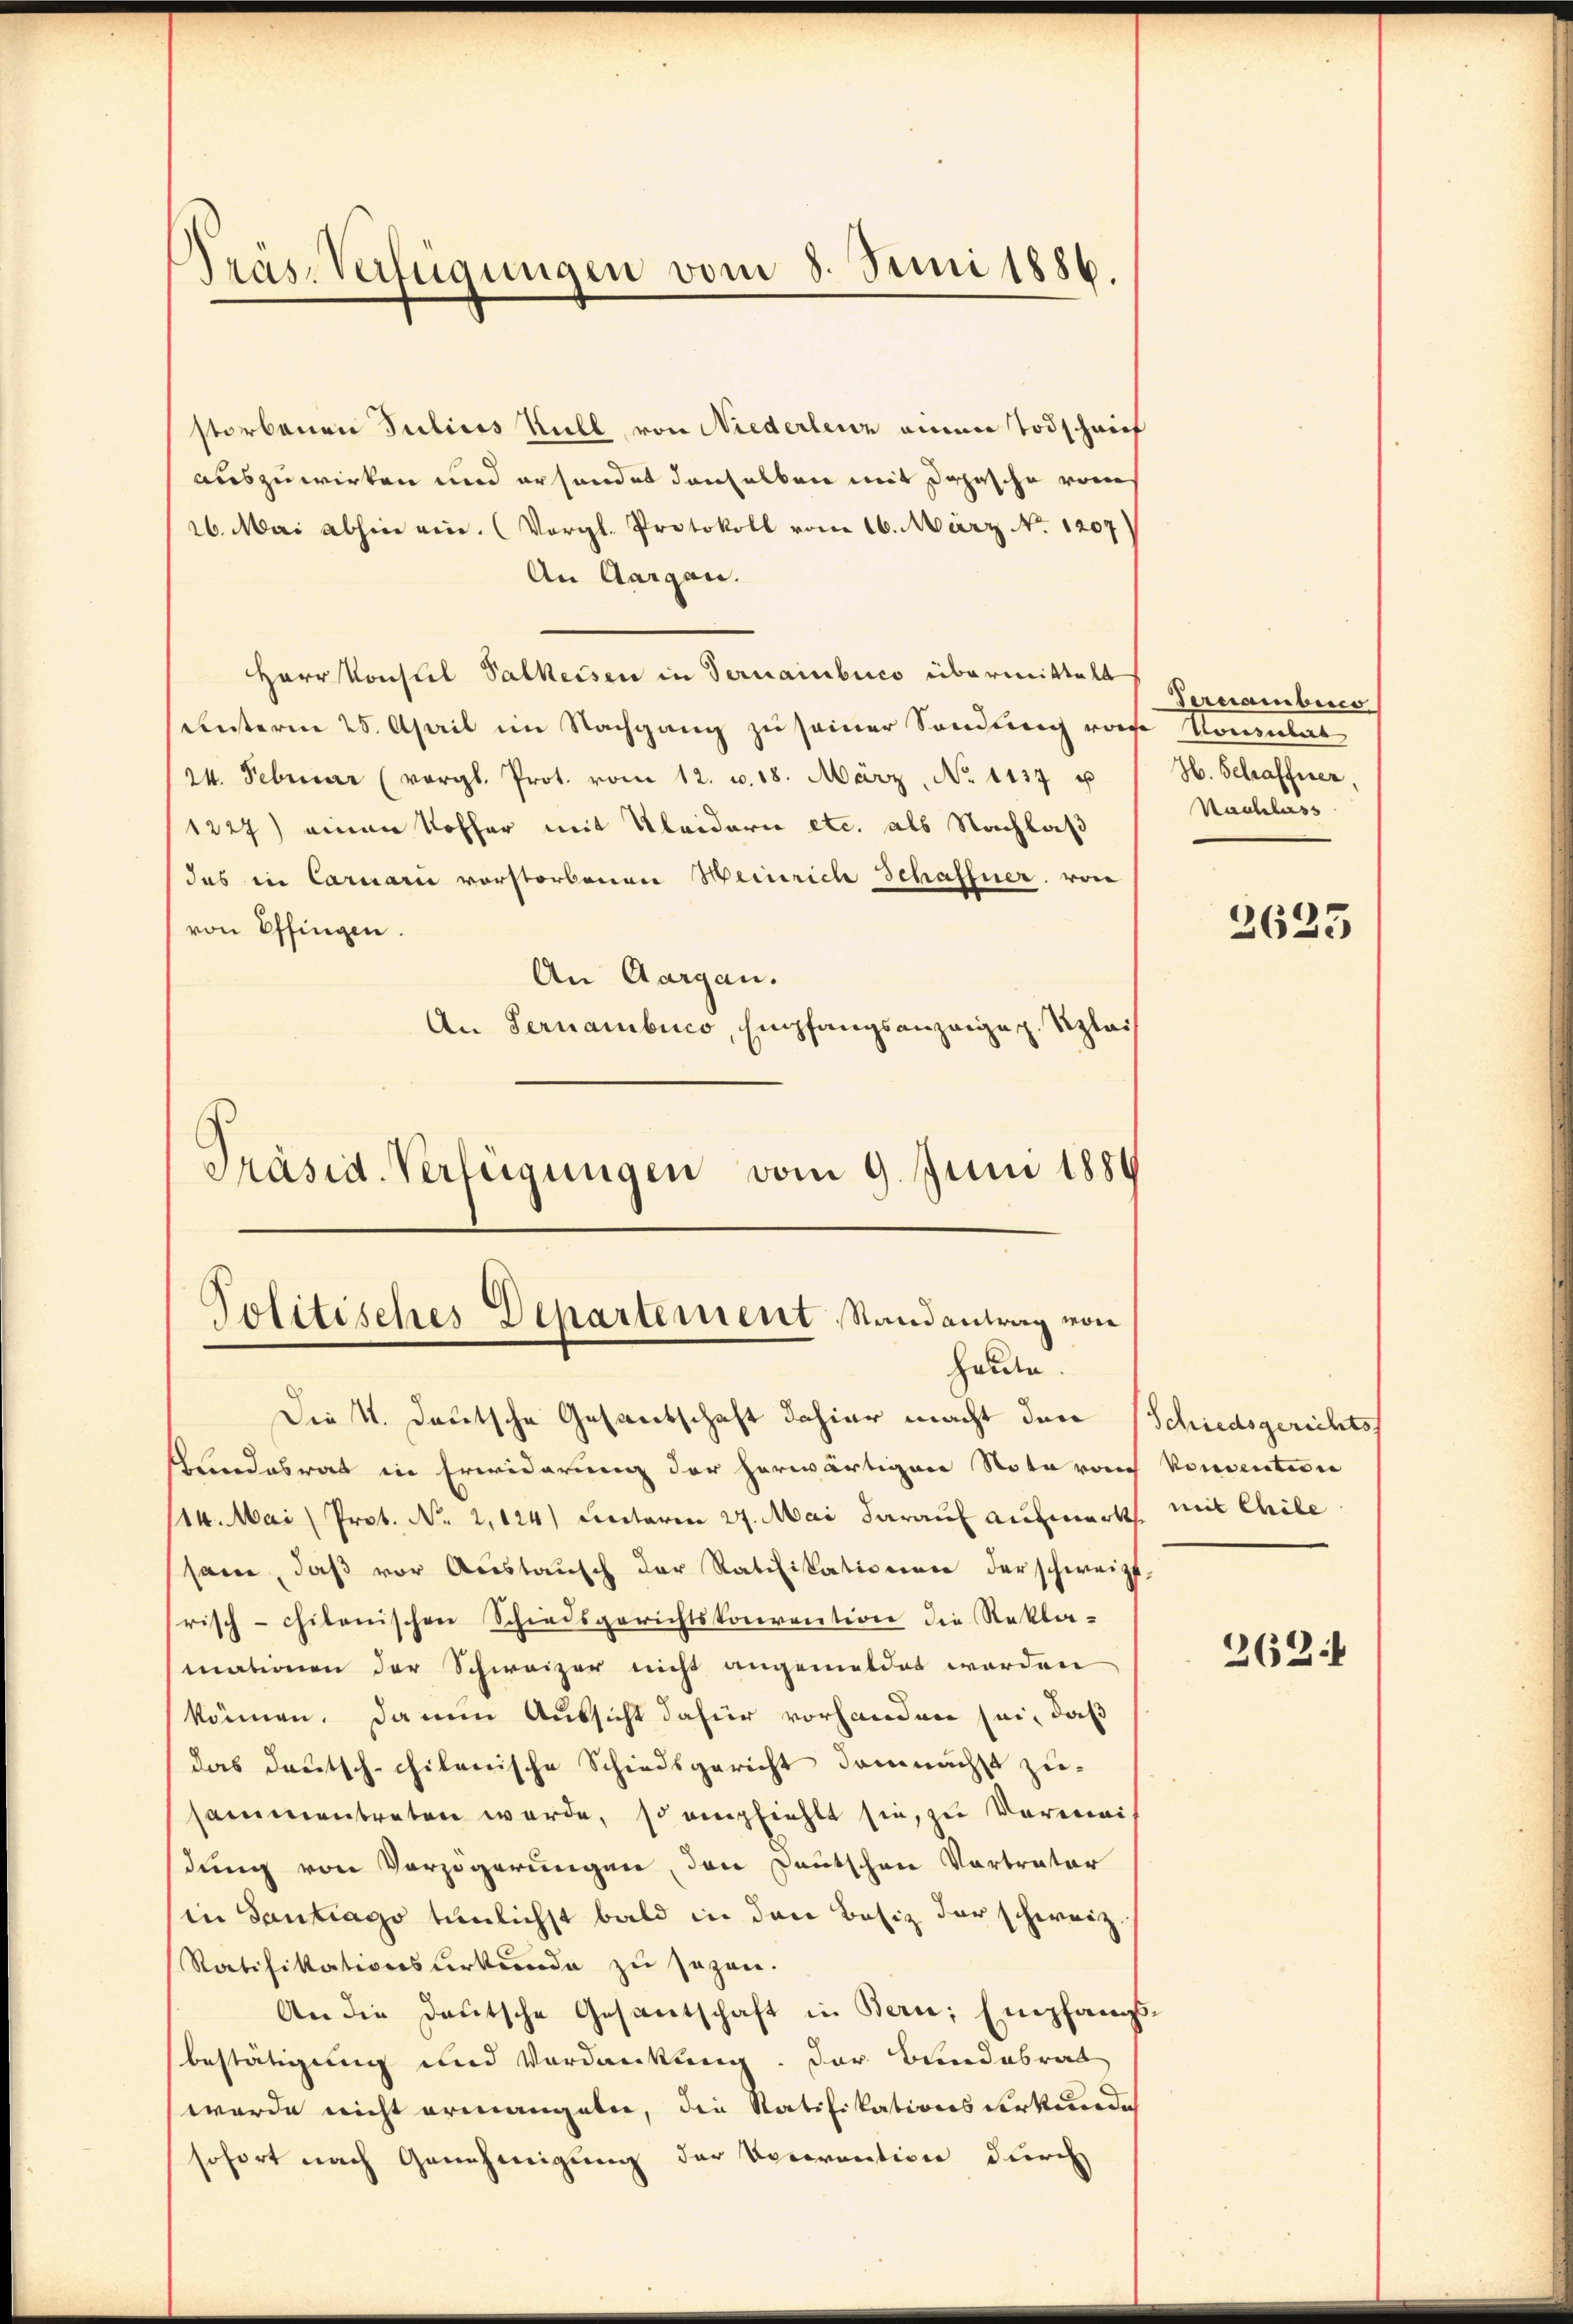
Präs. Verfügungen vom 8. Juni 1886.

storbenen Julius Rüll, von Niederleur einem Todschrief
auszuwirken und ersendet denselben mit dahische vom
26. Mai abhin ein. (Vergl. Protokoll vom 16. März No. 1207)
An Aargau.
Herr Konstel Palkeisen in Terrainbuch übermittelt
Unterm 25. April im Nachgang zu seiner Sendung von Konsulat
24. Februar (vergl. Prot. vom 12. v. 18. März, No 1137 u
(1227) einen Koffer mit Kleiderie etc. als Nachlaß
das in Caruarii vorstorbenen Weinrich Schaffner von
von Effingen.
An Aargau.
An Pernambico, Empfangsanzeigen. Szlait
Präsid. Verlegungen vom 9. Juni 1884

Politisches Departement Randantrag von
haute.

Perciamberg
Jb. Schafferen,
Nachlass

Die 4. deutsche Gesantschaft dahier macht den (Schiedsgerichtss
Kundesrat in Erwiderung der herwärtigen Note rauch konsention
114. Mai (Prot. No 2,124) Cretaria 27. Mai darauf aufmerks mit Chile
sam, daβ vor Aŭstaŭsch der Ratifikationen der schweizt.
risch-chilenischen Schiedsgerichtskonvention die Rekla-
mationen der Schweizer nicht angemeldet worden
können. Da nun Aussicht dafür vorhanden sei, daß
das deutsch-chilenische Schiedsgericht demnächst zu-
sammentreten werde, so empfiehlt sie, zu Verwei-
dung von Verzögerungen, den Deutschen Vortrator
(in Santrago tunlichst bald in den Besiz der schweiz.
Ratifikationsurkunde zu sezen.
An die Deutsche Gesantschaft in Bern, Empfangsbestätigung und Verdankung. Der Bundesrat
wurde nicht ermangeln, die Ratifikationsverkunde
sofort nach Genehmigung der Vocerention durch

2623

262